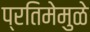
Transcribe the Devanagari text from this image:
प्रतिमेमुळे